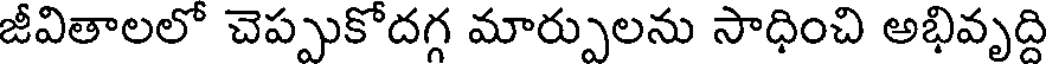
జీవితాలలో చెప్పుకోదగ మార్పులను సాధించి అభివృద్ది